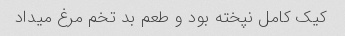
کیک کامل نپخته بود و طعم بد تخم مرغ میداد